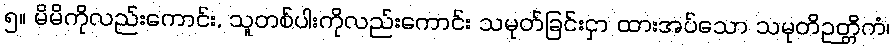
၅။ မိမိကိုလည်းကောင်း, သူတစ်ပါးကိုလည်းကောင်း သမုတ်ခြင်းငှာ ထားအပ်သော သမုတိဉတ္တိကံ၊